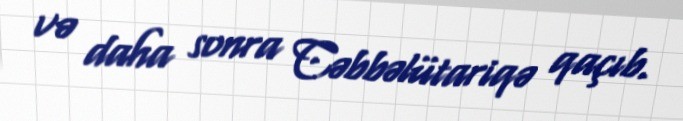
və daha sonra Cəbbəlütariqə qaçıb.